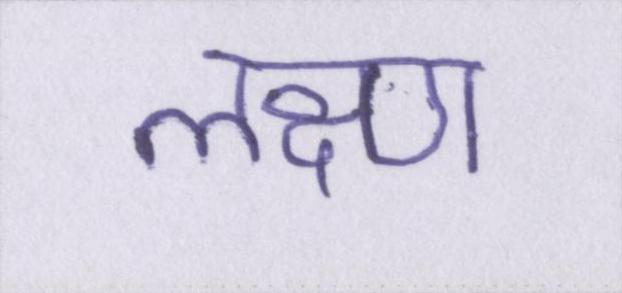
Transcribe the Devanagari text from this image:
लक्ष्ण